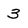
Character: 3